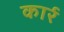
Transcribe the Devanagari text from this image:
कार्र